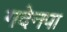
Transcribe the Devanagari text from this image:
गदेनपा